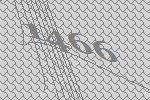
1466